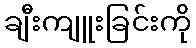
ချီးကျူးခြင်းကို